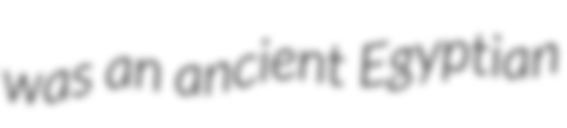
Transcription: was an ancient Egyptian